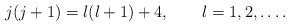
LaTeX: \begin{align*}j(j+1)=l(l+1)+4,\qquad l=1,2,\ldots .\end{align*}